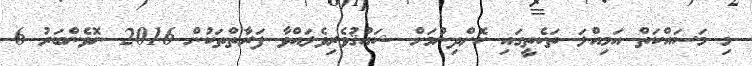
މި މަސައްކަތް އަމިއްލަ ތަކެތީގައި ކޮށްދިނުމަށް ޝައުޤުވެރިވެލައްވާ ފަރާތްތަކުން 2016 ނޮވެންބަރު 6